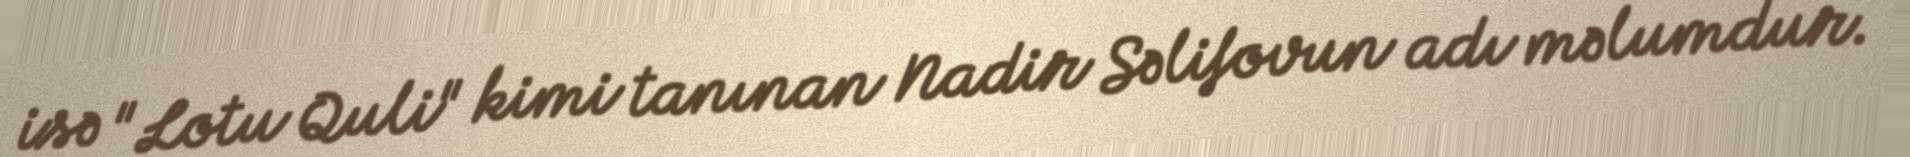
isə "Lotu Quli" kimi tanınan Nadir Səlifovun adı məlumdur.